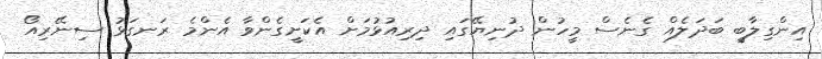
އިންގިލާބީ ބަދަލެއް ގެނެސް މީހުން ދުނިޔޭގައި ދިރިއުޅުމަށް އެކަށީގެންވާ އެންމެ ރަނގަޅު ސިނޭރިއޯ